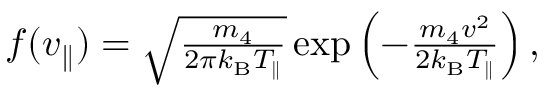
\begin{array} { r } { f ( v _ { \parallel } ) = \sqrt { \frac { m _ { 4 } } { 2 \pi k _ { \mathrm { B } } T _ { \parallel } } } \exp \left( - \frac { m _ { 4 } v ^ { 2 } } { 2 k _ { \mathrm { B } } T _ { \parallel } } \right) , } \end{array}